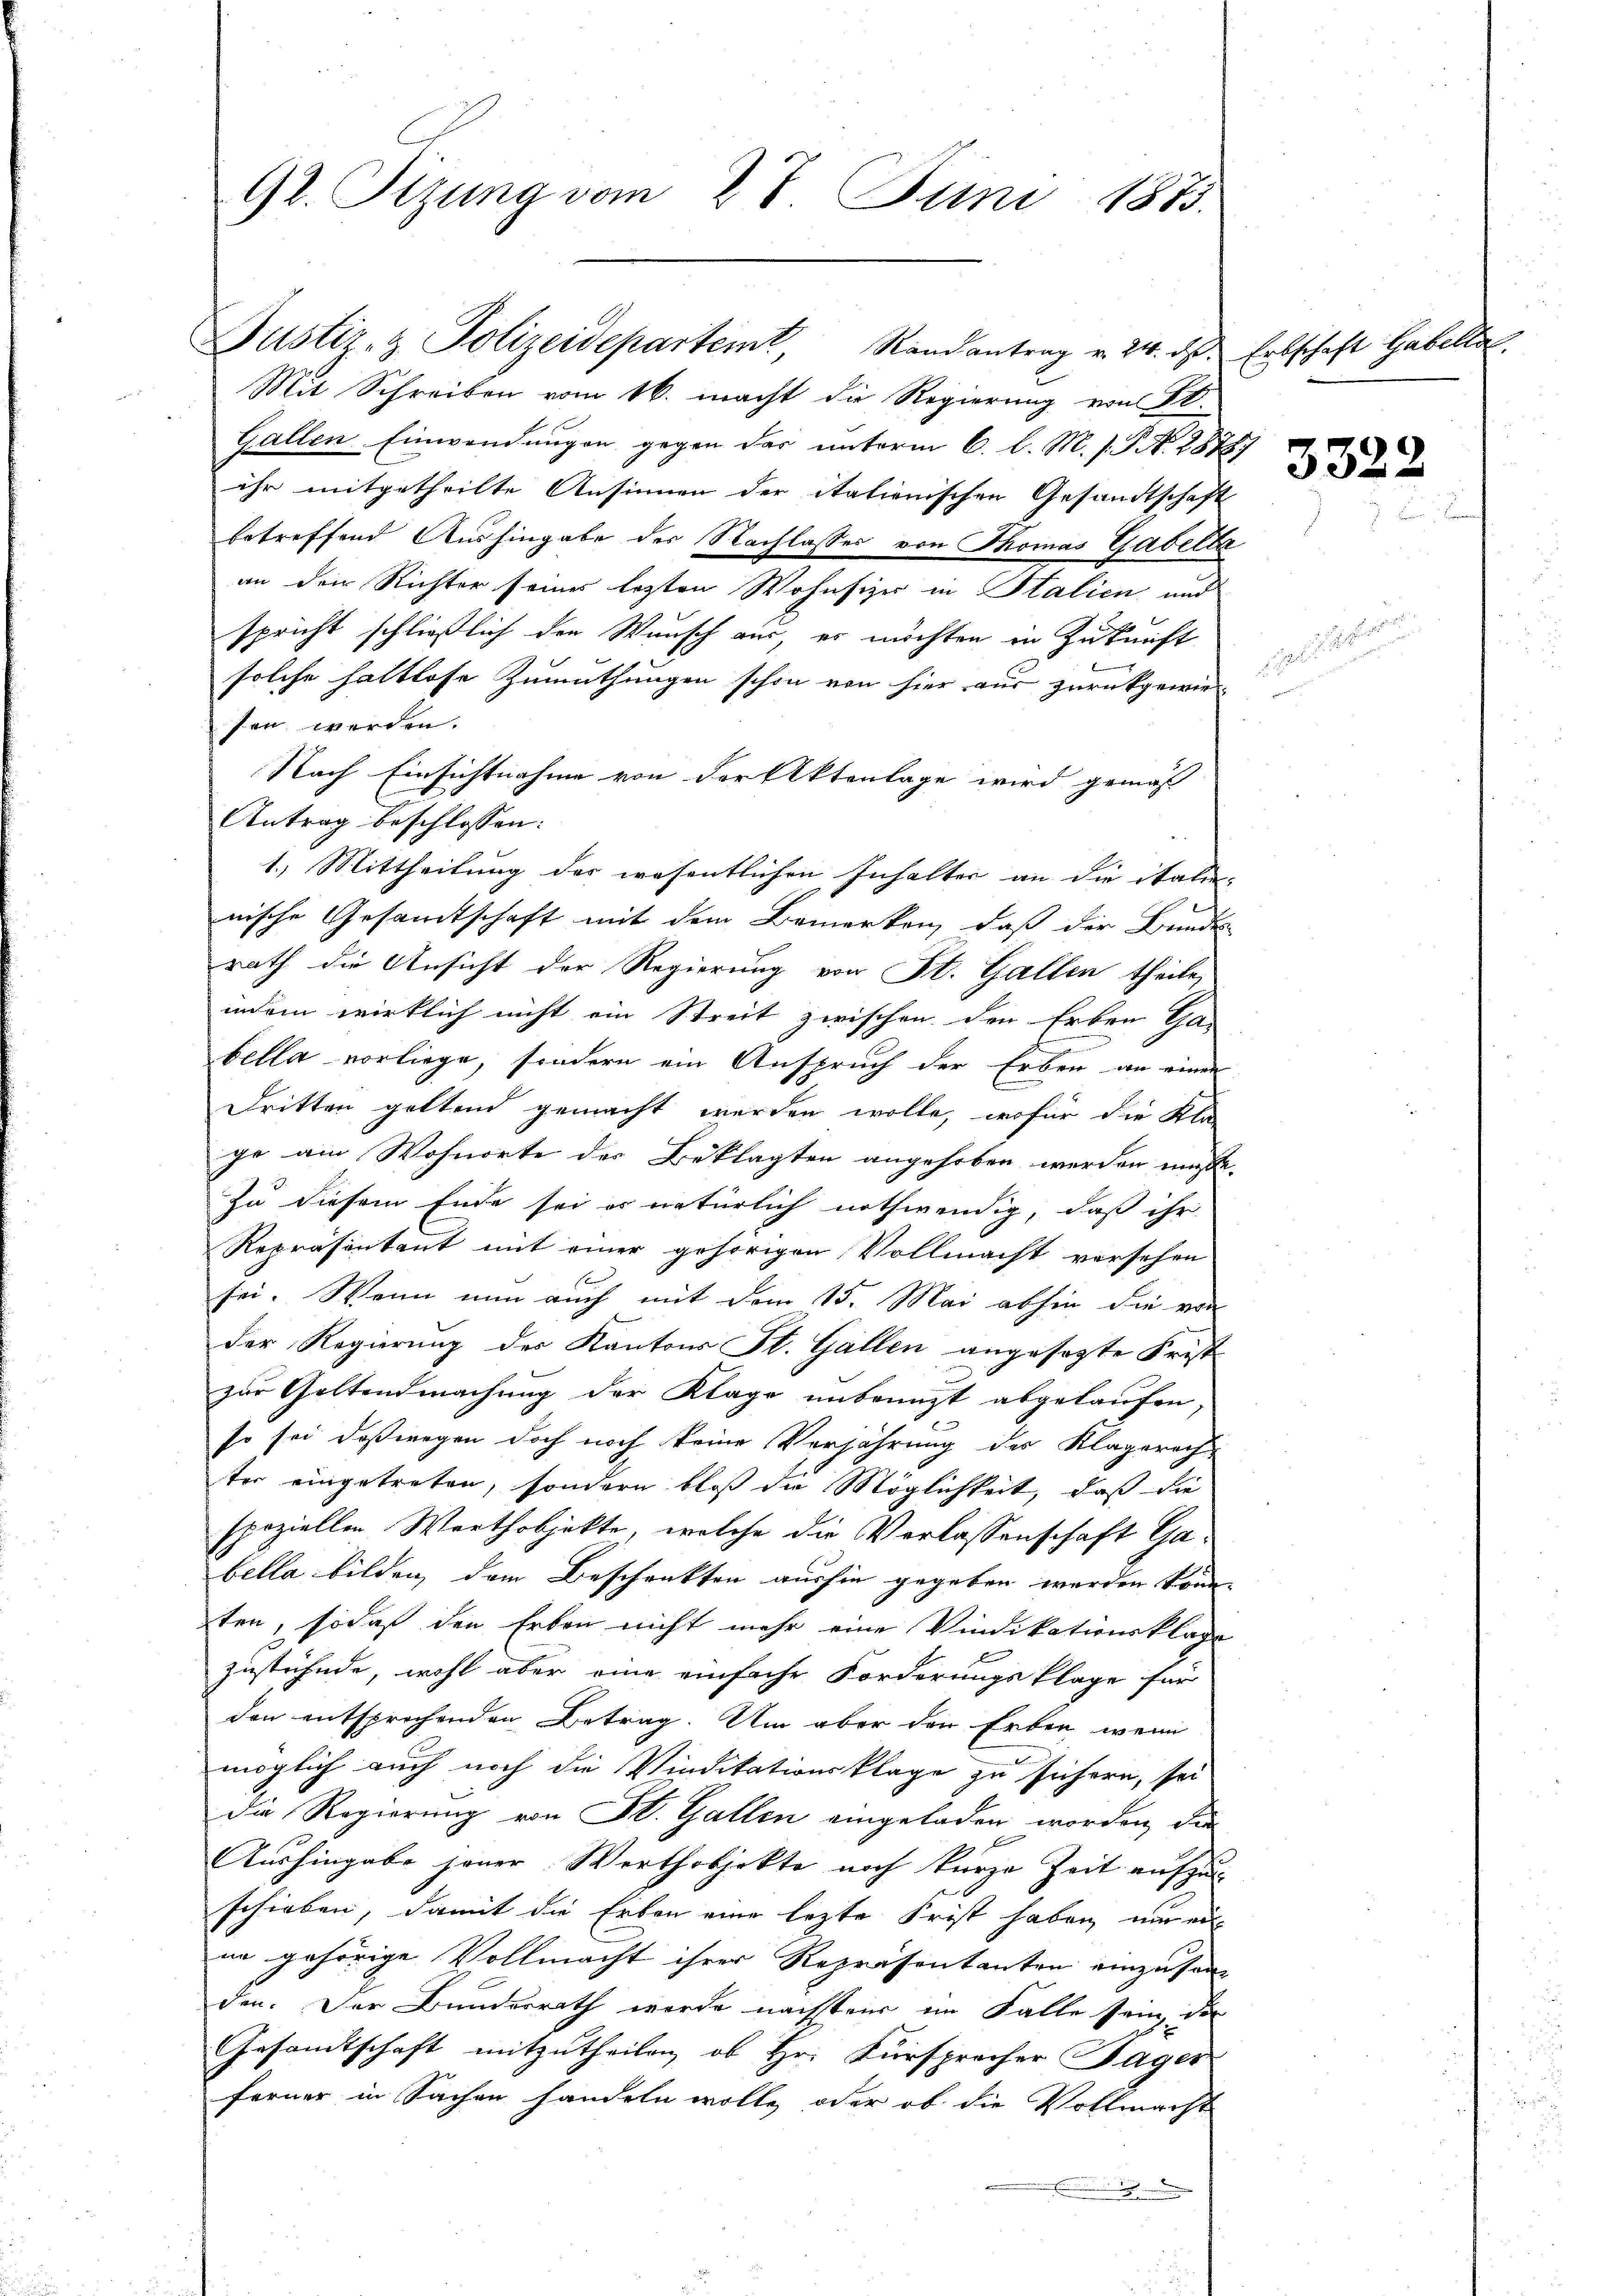
92. Sizung vom 27 Juni 1873.

Mit Schreiben vom 16. macht die Regierung von 20.
Gallen Einwendungen gegen der unterm 6. l. M. s. S. 2878/
ihr mitgetheilte Ansinnen der itationischen Gesandtschaft
betreffend Aushingabe der Nachlasses von Thomas Gabella
an den Richter seines lezten Wohnsizer in Stalien und
spricht schließlich den Wunsch aus, er möchten in Zukunft
solche haltlose Zumuthungen schon von hier aus zurückgewie-
sen werden.
Nach Einsichtnahme von der Aktenlage wird gemäß
Antrag beschlossen:
1.) Mittheilung des wesentlichen Inhalter an die italie-
nische Gesamtschaft mit dem Bemerken, daß der Bundes
rath die Ansicht der Regierung von St. Gallen theile,
indem wirklich nicht ein Streit zwischen den Erben Gabella vorliege, sondern ein Anspruch der Erben an einer
Dritten geltend gemacht werden wolle, wofür die Kla-
ge am Wohnorte des Beklagten angehoben werden müsse.
Zu diesem Ende sei es natürlich nothwendig, daß ihr
Repräsentant mit einer gehörigen Vollmacht versehen
f
sei. Wenn nun auch mit dem 15. Mai abhin die von
der Regierung des Kantons St. Gallen angesagte Fristzur Geltendmachung der Klage unbenuzt abgelaufen,
so sei deßwegen doch noch keine Verjährung des Klagerech-
ter eingetreten, sondern bloß die Möglichkeit, daß die
speziellen Werthobjekte, welche die Verlassenschaft Ga-
bella bilden, dem Beschenkten aussin gegeben werden könn
ten, sodaß den Erben nicht mehr eine Vindikationsklage
zustünde, wohl aber eine einfache Forderungsklage für
den entsprochenden Betrag. Um aber den Erben, wenn
möglich auch noch die Vindikationsklage zu sichern, sei
die Regierung von St. Gallen eingeladen worden, die
Aushingabe jener Werthobjekte noch kurze Zeit aufzu-
schieben, damit die Erben eine lezte Frist haben nur ein
ne gehörige Vollmacht ihrer Repräsentanten einzusamden. Der Bundesrath wurde nächsteir im Falle sein, die
Gesamtschaft mitzutheilen, ob Hr. Fürspracher Sager
ferner in Sachen handeln wolle, oder ob die Vollmacht
E

Justiz- & Polizeidepartemt, Randantrag v. 24. ds. Erbschaft Gabelle.

3322